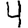
Digit: 4